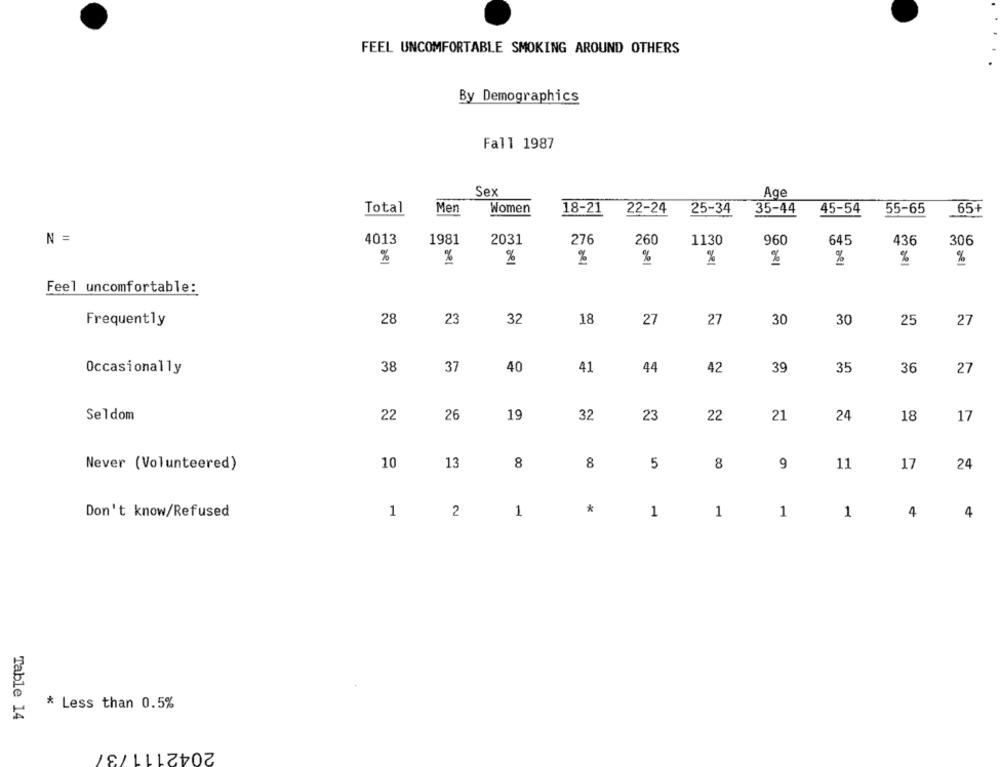
FEEL UNCOMFORTABLE SMOKING AROUND OTHERS
By Demographics
Fall 1987
Sex
Age
Men
Total
Women
18-21
22-24
25-34
35-44
45-54
55-65
65+
N =
4013
1981
2031
276
260
1130
960
645
436
306
%
%
%
%
%
%
%
%
%
%
Feel uncomfortable:
Frequently
28
23
32
18
27
27
30
30
25
27
38
37
40
42
39
35
36
27
Occasionally
41
44
Seldom
22
26
19
32
23
22
21
24
18
17
Never (Volunteered)
10
13
8
8
5
8
9
11
17
24
Don't know/Refused
1
2
1
*
1
1
1
1
4
4
* Less than 0.5%
Table 14
2042111737